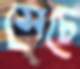
সেচে